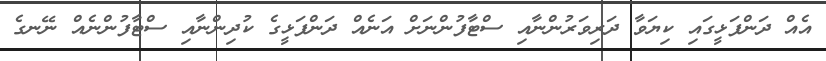
އެއް ދަންފަޅީގައި ކިޔަވާ ދަރިވަރުންނާއި ސްޓާފުންނަށް އަނެއް ދަންފަޅީގެ ކުދިންނާއި ސްޓާފުންނެއް ނޭނގެ